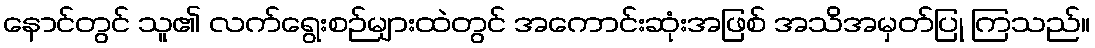
နောင်တွင် သူ၏ လက်ရွေးစဉ်များထဲတွင် အကောင်းဆုံးအဖြစ် အသိအမှတ်ပြု ကြသည်။